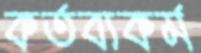
কর্তব্যকর্ম